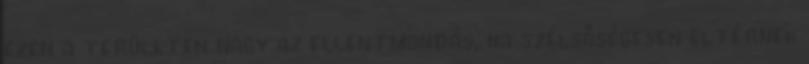
ezen a területen nagy az ellentmondás, ha szélsőségesen eltérnek